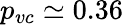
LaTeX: p_{vc}\simeq 0.36